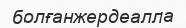
болғанжердеалла